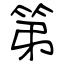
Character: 第